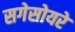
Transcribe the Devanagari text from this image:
सगेसोयरे